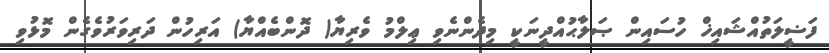
ފަޟީލަތުއްޝައިޚް ހުސައިން ޞަލާޙުއްދީނަކީ މިދެންނެވި ޢިލްމު ވެރިޔާ( ދޮންބެއްޔާ) އަރިހުން ދަރިވަރުވެގެން މޮޅުވި